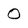
Character: 0